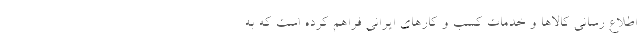
اطلاع رسانی کالاها و خدمات کسب و کارهای ایرانی فراهم کرده است که به